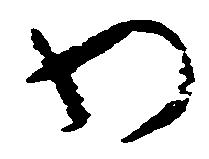
わ